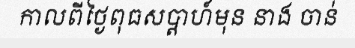
កាលពីថ្ងៃពុធសប្តាហ៍មុន នាង ចាន់